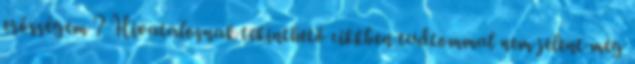
erősségem ? Hivatalosnak tekinthető cikkben tudtommal nem jelent még